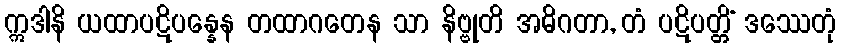
ဣဒါနိ ယထာပဋိပန္နေန တထာဂတေန သာ နိဗ္ဗုတိ အဓိဂတာ, တံ ပဋိပတ္တိံ ဒဿေတုံ